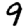
Digit: 9